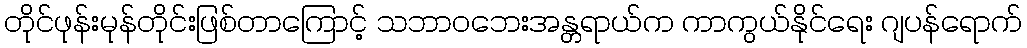
တိုင်ဖုန်းမုန်တိုင်းဖြစ်တာကြောင့် သဘာဝဘေးအန္တရာယ်က ကာကွယ်နိုင်ရေး ဂျပန်ရောက်